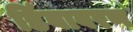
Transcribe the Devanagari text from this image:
डिंबावरण